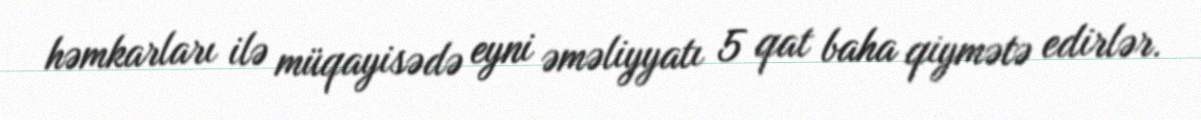
həmkarları ilə müqayisədə eyni əməliyyatı 5 qat baha qiymətə edirlər.